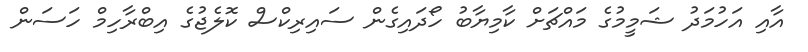
އާއި އަހުމަދު ޝަމީމުގެ މައްޗަށް ކާމިޔާބު ހޯދައިގެން ސައިރިކްސް ކޮލެޖުގެ އިބްރާހިމް ހަސަން